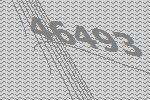
46493